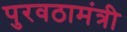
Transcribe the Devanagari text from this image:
पुरवठामंत्री